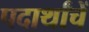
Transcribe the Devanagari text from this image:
पदार्थांचें